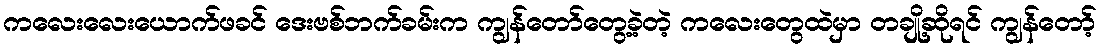
ကလေးလေးယောက်ဖခင် ဒေးဗစ်ဘက်ခမ်းက ကျွန်တော်တွေ့ခဲ့တဲ့ ကလေးတွေထဲမှာ တချို့ဆိုရင် ကျွန်တော့်